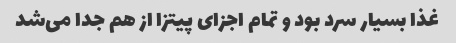
غذا بسیار سرد بود و تمام اجزای پیتزا از هم جدا می‌شد